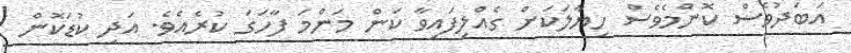
އަބަދުވެސް ކޮންމެވެސް ހިޔާލަކަށް ގެއްލިފައިވާ ކަން މަންމަ ފާހަގަ ކުރެއެވެ. އަދި ކުޑަކޮން